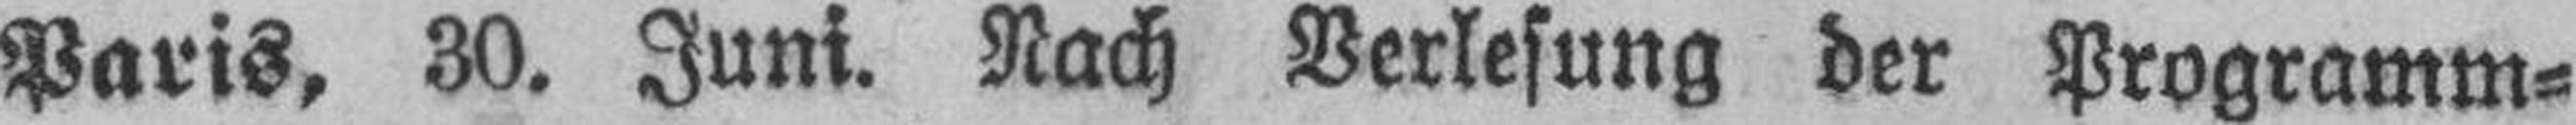
Paris, 30. Juni. Nach Verlesung der Programm¬